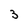
Character: 3